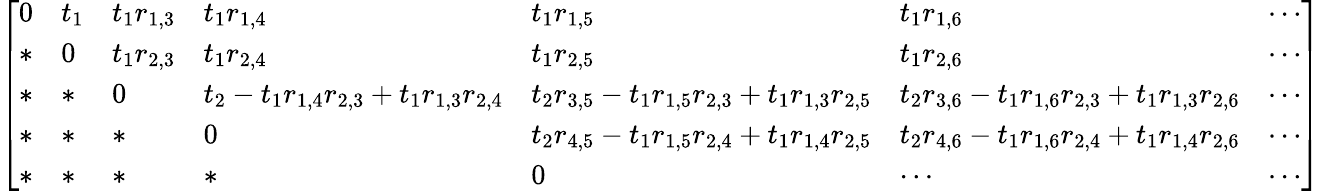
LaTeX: \left[\begin{array}{lllllll}{0}&{t_{1}}&{t_{1}r_{1,3}}&{t_{1}r_{1,4}}&{t_{1}r_{1,5}}&{t_{1}r_{1,6}}&{\cdots}\\ {*}&{0}&{t_{1}r_{2,3}}&{t_{1}r_{2,4}}&{t_{1}r_{2,5}}&{t_{1}r_{2,6}}&{\cdots}\\ {*}&{*}&{0}&{t_{2}-t_{1}r_{1,4}r_{2,3}+t_{1}r_{1,3}r_{2,4}}&{t_{2}r_{3,5}-t_{1}r_{1,5}r_{2,3}+t_{1}r_{1,3}r_{2,5}}&{t_{2}r_{3,6}-t_{1}r_{1,6}r_{2,3}+t_{1}r_{1,3}r_{2,6}}&{\cdots}\\ {*}&{*}&{*}&{0}&{t_{2}r_{4,5}-t_{1}r_{1,5}r_{2,4}+t_{1}r_{1,4}r_{2,5}}&{t_{2}r_{4,6}-t_{1}r_{1,6}r_{2,4}+t_{1}r_{1,4}r_{2,6}}&{\cdots}\\ {*}&{*}&{*}&{*}&{0}&{\cdots}&{\cdots}\end{array}\right]